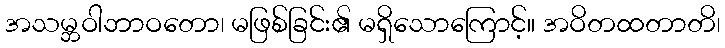
အသမ္ဘဝါဘာဝတော၊ မဖြစ်ခြင်း၏ မရှိသောကြောင့်။ အဝိတထတာတိ၊